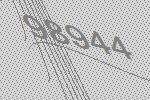
98944